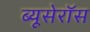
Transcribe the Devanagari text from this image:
ब्यूसेरॉस